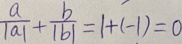
\frac { a } { \vert a \vert } + \frac { b } { \vert b \vert } = 1 + ( - 1 ) = 0